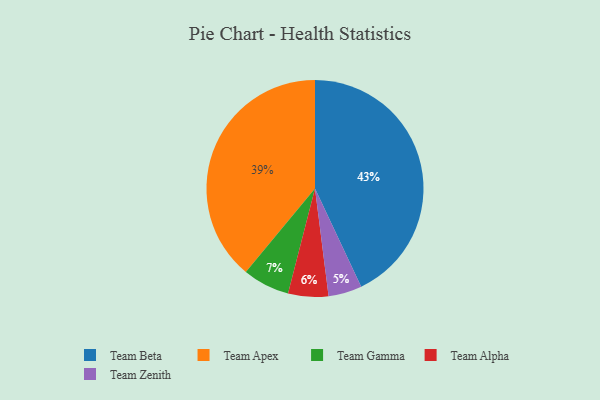
{"axis": {"x": "Category", "y": "Percentage"}, "legend": ["Team Alpha", "Team Apex", "Team Beta", "Team Gamma", "Team Zenith"], "data": [{"x": "Team Gamma", "y": 7, "type": "Team Gamma"}, {"x": "Team Zenith", "y": 5, "type": "Team Zenith"}, {"x": "Team Alpha", "y": 6, "type": "Team Alpha"}, {"x": "Team Apex", "y": 39, "type": "Team Apex"}, {"x": "Team Beta", "y": 43, "type": "Team Beta"}]}